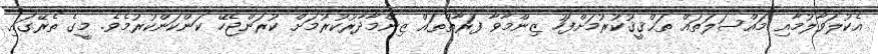
އެކުލަވާލުމާއި މައްސަލަތައް ތަޙްޤީޤުކުރުމަށްފަހު ޒިންމާވާ ފަރާތްތައް ޒިންމާދާރުކުރުމަށް ކުރަންޖެހޭ ކަންކަންކުރުމެވެ. މީގެ ތެރޭގައި